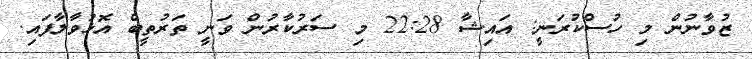
ޒުވާނުން މި ހުސްކުރަނީ: އައިޝާ 22:28 މި ސަރުކާރުން ވަނީ ތަރުތީބް އޮޅުވާލާފައި.